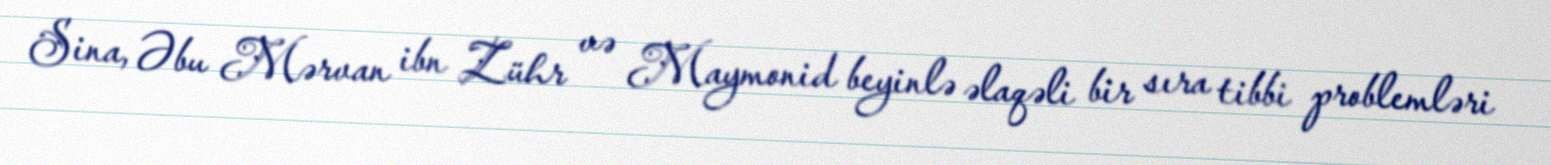
Sina, Əbu Mərvan ibn Zühr və Maymonid beyinlə əlaqəli bir sıra tibbi problemləri